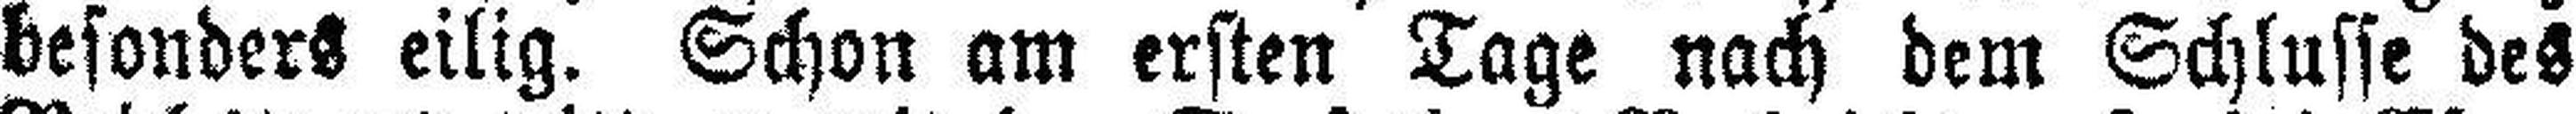
besonders eilig. Schon am ersten Tage nach dem Schlusse des